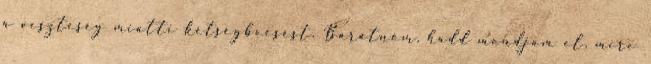
a veszteség miatti kétségbeesést. Barátnőm, hadd mondjam el, mire